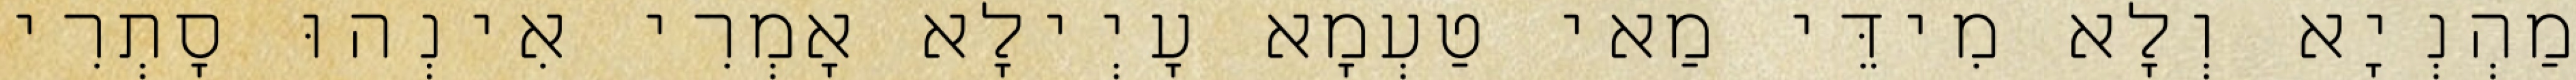
מַהְנְיָא וְלָא מִידֵּי מַאי טַעְמָא עָיְילָא אָמְרִי אִינְהוּ סָתְרִי